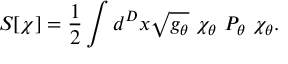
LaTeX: S [ \chi ] = { \frac { 1 } { 2 } } \int d ^ { D } x \sqrt { g _ { \theta } } \ \chi _ { \theta } \ P _ { \theta } \ \chi _ { \theta } .